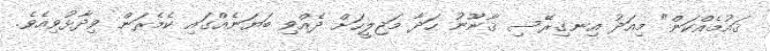
ޤައުމެއްކަން" މިއަދު އިނގިރޭސި ޤާނޫނު ހަދާ މަޖިލީހަށް ދެއްވި ބަޔަނެއްގައި ކެމެރަން ވިދާޅުވިއެވެ.